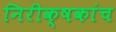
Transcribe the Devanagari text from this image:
निरीक्षकांच